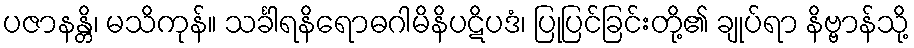
ပဇာနန္တိ၊ မသိကုန်။ သင်္ခါရနိရောဓဂါမိနိပဋိပဒံ၊ ပြုပြင်ခြင်းတို့၏ ချုပ်ရာ နိဗ္ဗာန်သို့